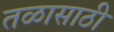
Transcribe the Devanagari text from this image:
तळासाठी